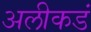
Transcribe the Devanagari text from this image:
अलीकडं